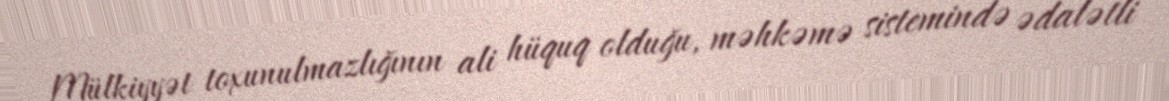
Mülkiyyət toxunulmazlığının ali hüquq olduğu, məhkəmə sistemində ədalətli